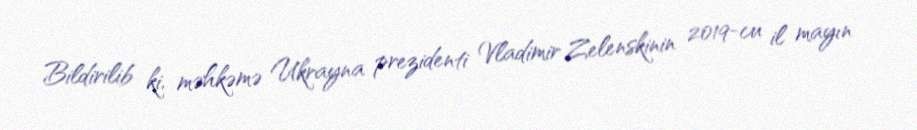
Bildirilib ki, məhkəmə Ukrayna prezidenti Vladimir Zelenskinin 2019-cu il mayın